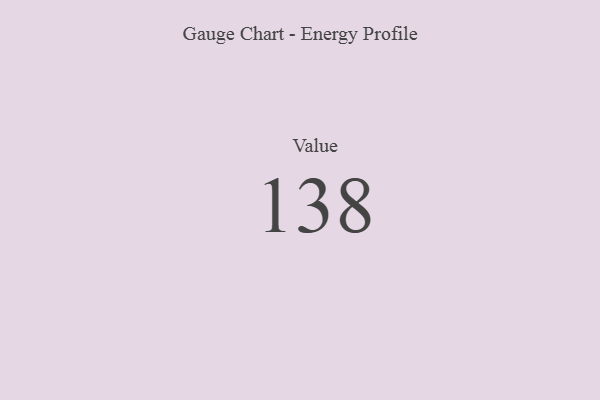
{"axis": {"x": "Metric", "y": "Value"}, "legend": [""], "data": [{"x": "Value", "y": 138, "type": ""}]}